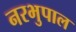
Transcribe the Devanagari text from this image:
नरभुपाल